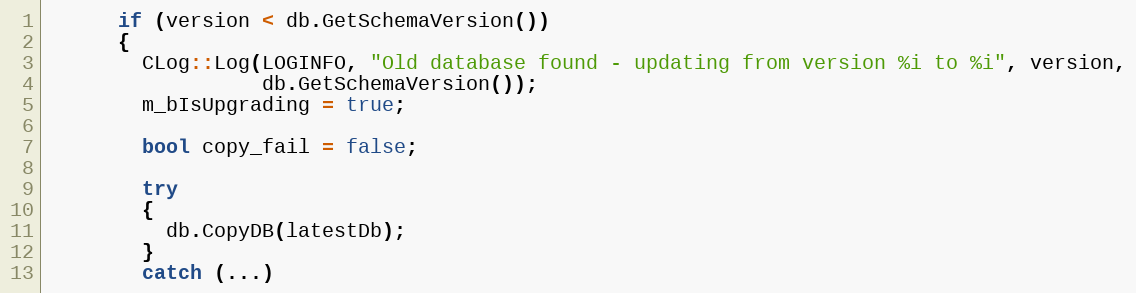
Language: C++
      if (version < db.GetSchemaVersion())
      {
        CLog::Log(LOGINFO, "Old database found - updating from version %i to %i", version,
                  db.GetSchemaVersion());
        m_bIsUpgrading = true;

        bool copy_fail = false;

        try
        {
          db.CopyDB(latestDb);
        }
        catch (...)